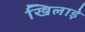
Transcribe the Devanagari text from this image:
खिलाड़े